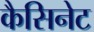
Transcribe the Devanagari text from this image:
कैसिनेट